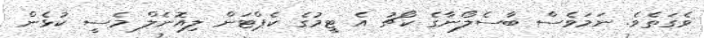
ވެގަތެވެ. ނަމަވެސް ބާސެލޯނާގެ ކޯޗު އެ ޓީމުގެ ކެޕްޓަން ލިއޮނެލް މެސީ ކުޅެން